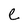
Character: e